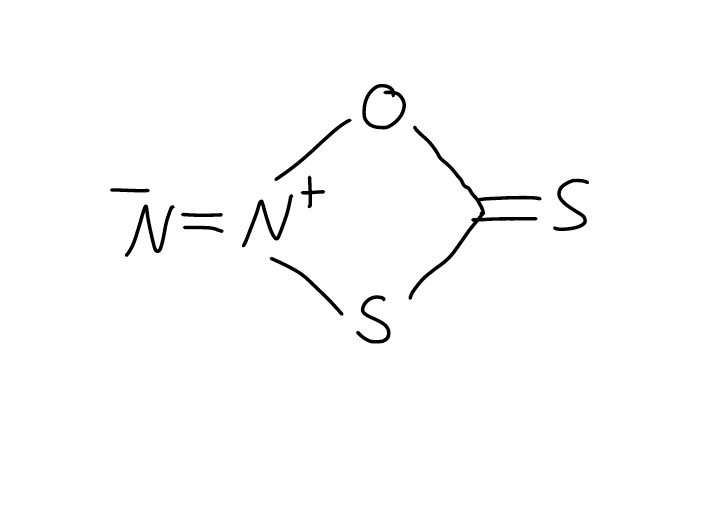
Simplified molecular-input line-entry system (SMILES) notation of the given molecule:
C1(=S)O[N+](=[N-])S1